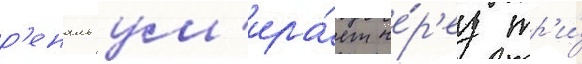
р'еналь ум'ира́ет че́р'ез тр'и́